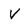
Character: v